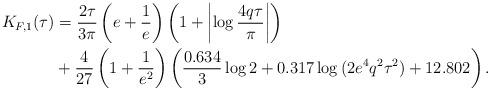
LaTeX: \begin{align*}K_{F,1}(\tau)&= \frac{2\tau}{3\pi}\left(e+\frac{1}{e}\right)\left(1+\left|\log{\frac{4q\tau}{\pi}}\right|\right) \\& +\frac{4}{27}\left(1+\frac{1}{e^2}\right)\left(\frac{0.634}{3}\log{2}+0.317\log{(2e^4q^2\tau^2)}+12.802\right).\end{align*}